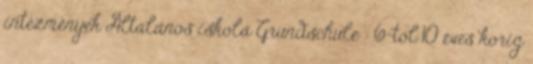
intézmények Általános iskola Grundschule : 6-tól 10 éves korig